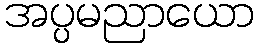
အပ္ပမညာယော